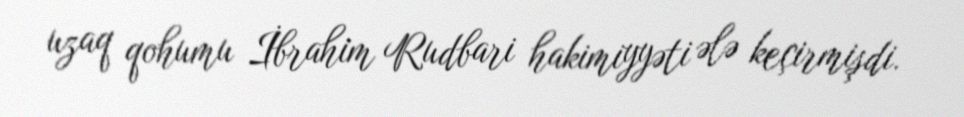
uzaq qohumu İbrahim Rudbari hakimiyyəti ələ keçirmişdi.